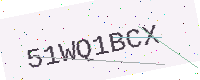
Text: 51WQ1BCX